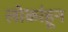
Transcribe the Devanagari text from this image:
लोकांहून